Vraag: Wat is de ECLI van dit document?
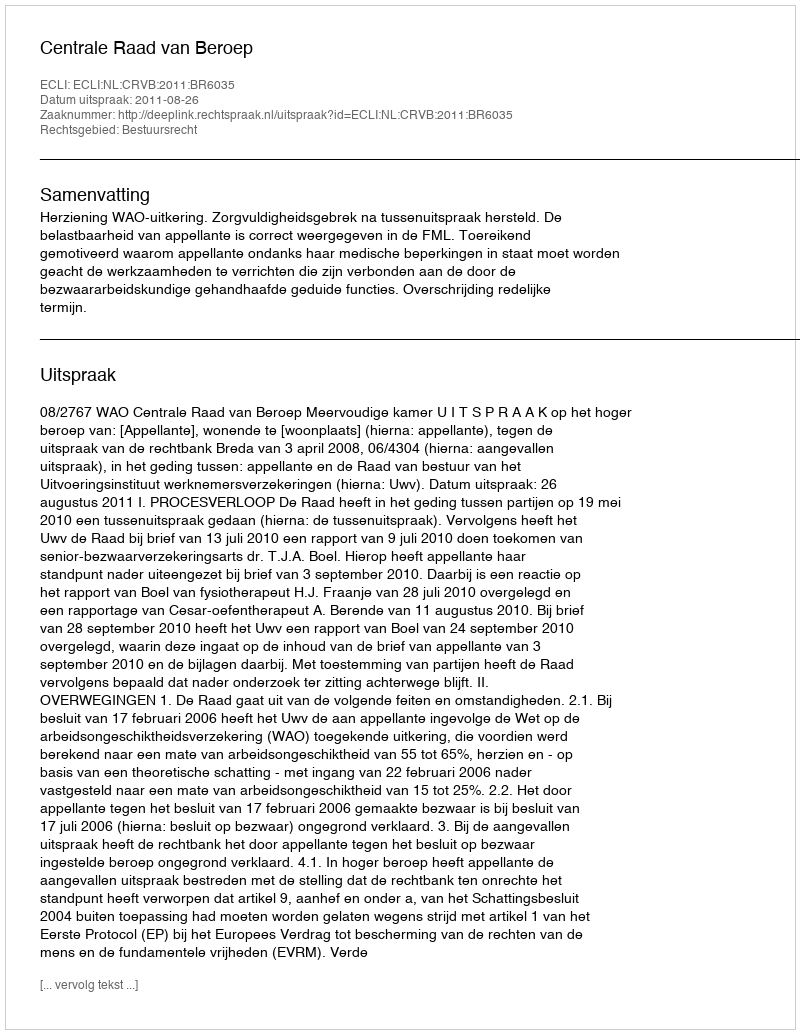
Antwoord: ECLI:NL:CRVB:2011:BR6035